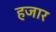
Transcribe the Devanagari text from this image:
हजार